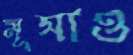
মূসাও